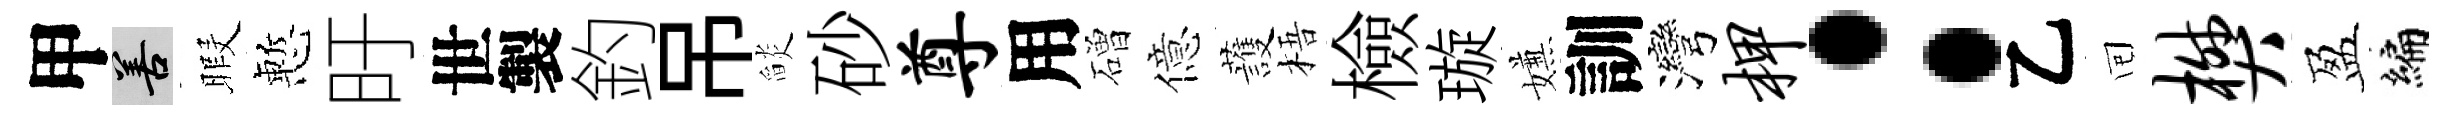
甲善暇慙旴世製釣吊𦦨砂尊用磳億䕶梧檢璇嫌訓灣柙：乙囘樊盈编